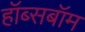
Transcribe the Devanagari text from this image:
हॉब्सबॉम